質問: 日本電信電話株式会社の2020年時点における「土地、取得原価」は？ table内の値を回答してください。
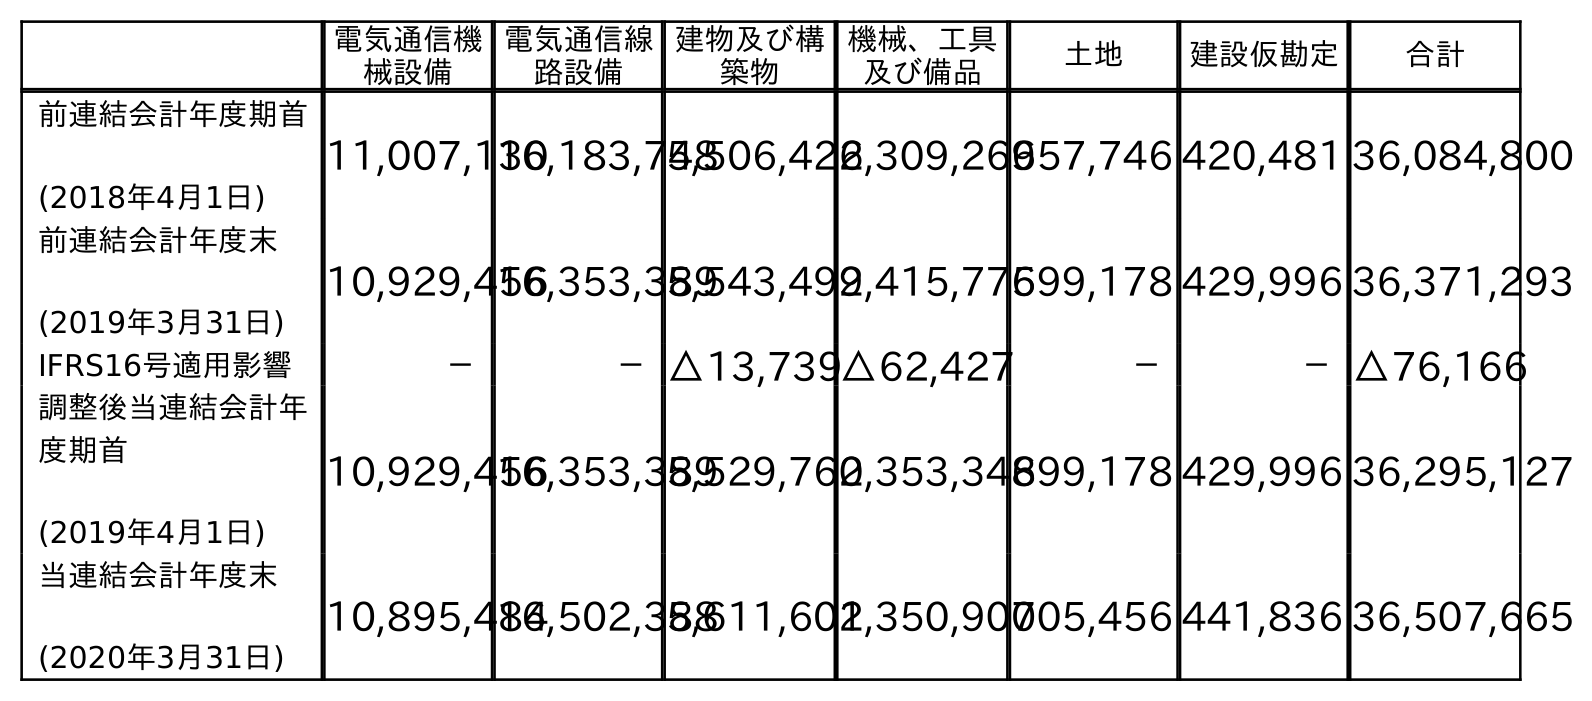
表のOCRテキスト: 電気通信機 械設備 電気通信線 路設備 建物及び構 築物 機械、工具 及び備品 土地 建設仮勘定 合計 前連結会計年度期首 (2018年4月1日) 11,007,130 16,183,748 5,506,4262,309,269657,746 420,481 36,084,800 前連結会計年度末 (2019年3月31日) 10,929,456 16,353,389 5,543,4992,415,775699,178 429,996 36,371,293 IFRS16号適用影響 － －△13,739△62,427 － －△76,166 調整後当連結会計年 度期首 (2019年4月1日) 10,929,456 16,353,389 5,529,7602,353,348699,178 429,996 36,295,127 当連結会計年度末 (2020年3月31日) 10,895,484 16,502,388 5,611,6012,350,900705,456 441,836 36,507,665
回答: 705,456